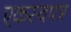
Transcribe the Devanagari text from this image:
एकस्वपत्र